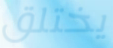
يختلق